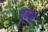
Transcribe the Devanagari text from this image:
चुम्बा